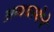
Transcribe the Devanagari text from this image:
अव्यवस्थेचे